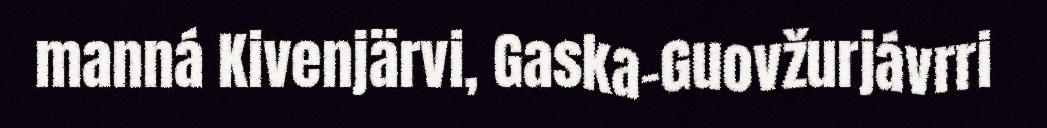
manná Kivenjärvi, Gaska-Guovžurjávrri